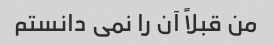
من قبلاً آن را نمی دانستم